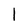
Character: l